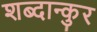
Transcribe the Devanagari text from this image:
शब्दान्कुर